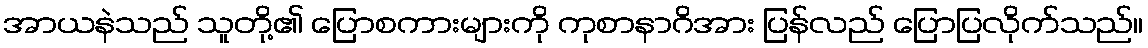
အာယနဲသည် သူတို့၏ ပြောစကားများကို ကုစာနာဂိအား ပြန်လည် ပြောပြလိုက်သည်။